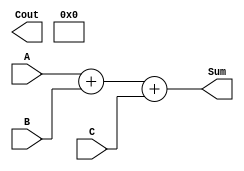
module Carry_Save_Adder (
    input [15:0] A,
    input [15:0] B,
    input [15:0] C,
    output [15:0] Sum,
    output [15:0] Cout
);

wire [16:0] Carry;

assign {Carry[0], Sum} = A + B + C;

assign Cout = Carry[16];

endmodule